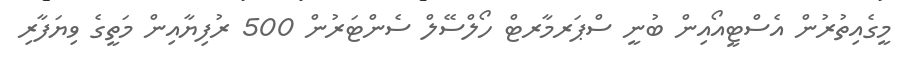
މީގެއިތުރުން އެސްޓީއޯއިން ބުނީ ސްޕަރމާރޓް ހޯލްސޭލް ސެންޓަރުން 500 ރުފިޔާއިން މަތީގެ ވިޔަފާރި